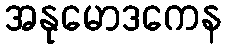
အနုမောဒကေန